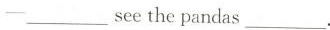
--___see the pandas___.